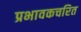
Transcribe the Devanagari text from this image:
प्रभावकचरित